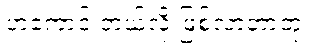
ဟကောင် ဘယ်လို ဖြစ်လာတာတုံး